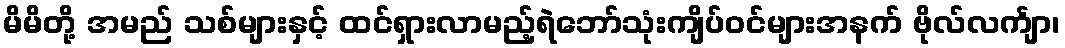
မိမိတို့ အမည် သစ်များနှင့် ထင်ရှားလာမည့်ရဲဘော်သုံးကျိပ်ဝင်များအနက် ဗိုလ်လင်္ကျာ၊